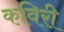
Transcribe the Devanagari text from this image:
कविरी